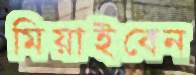
মিয়াইবেন